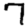
Digit: 7